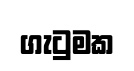
ගැටුමක